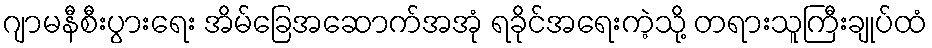
ဂျာမနီစီးပွားရေး အိမ်ခြေအဆောက်အအုံ ရခိုင်အရေးကဲ့သို့ တရားသူကြီးချုပ်ထံ